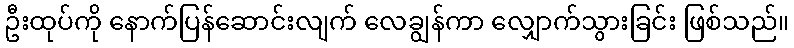
ဦးထုပ်ကို နောက်ပြန်ဆောင်းလျက် လေချွန်ကာ လျှောက်သွားခြင်း ဖြစ်သည်။